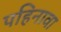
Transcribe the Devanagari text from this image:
पहिनावा